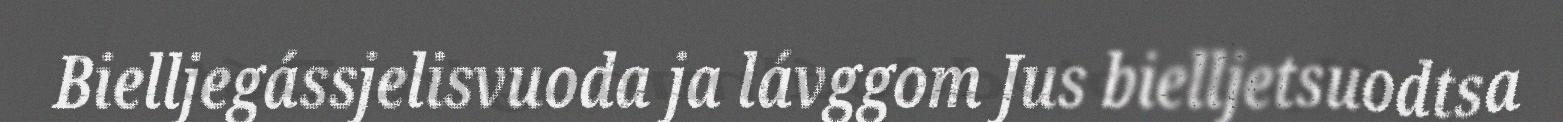
Bielljegássjelisvuoda ja lávggom Jus bielljetsuodtsa